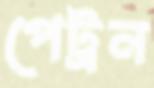
পেট্রন